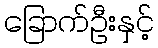
ခြောက်ဦးနှင့်